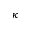
\kappa